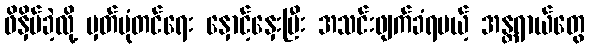
ဖိနှိပ်ခဲ့လို့ မှတ်ပုံတင်ရေး နှောင့်နှေးပြီး အသင်းဖျက်ခံရမယ့် အန္တရာယ်တွေ